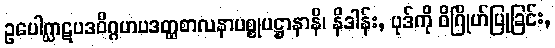
ဥပေါဂ္ဃာဋပဒဝိဂ္ဂဟပဒတ္ထစာလနာပစ္စုပဋ္ဌာနာနိ၊ နိဒါန်း, ပုဒ်ကို ဝိဂြိုဟ်ပြုခြင်း,